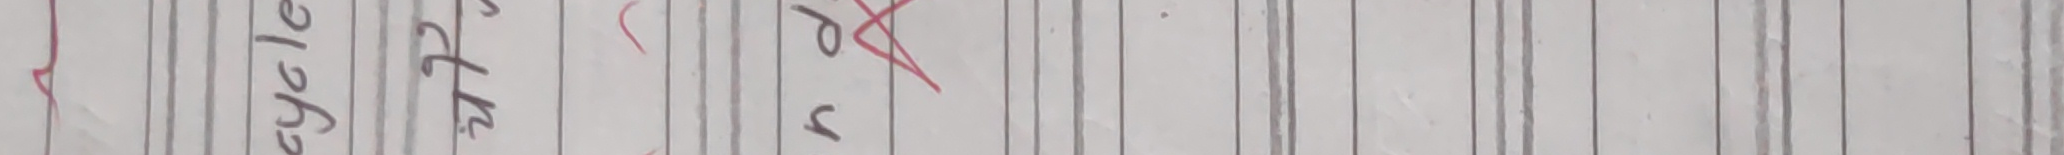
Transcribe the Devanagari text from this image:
छ या ७२१ प क